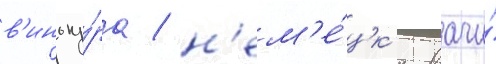
в'иноку́ра / н'ем'е́цк'ие врачи́